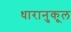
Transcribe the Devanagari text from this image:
धारानुकूल